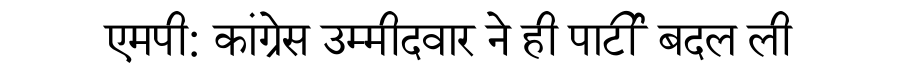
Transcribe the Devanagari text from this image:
एमपी: कांग्रेस उम्मीदवार ने ही पार्टी बदल ली